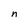
Character: n